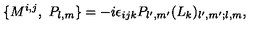
\{ M ^ { i , j } , \ P _ { l , m } \} = - i \epsilon _ { i j k } P _ { l ^ { \prime } , m ^ { \prime } } ( L _ { k } ) _ { l ^ { \prime } , m ^ { \prime } ; l , m } ,